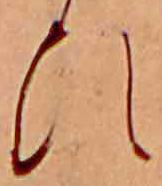
ひ